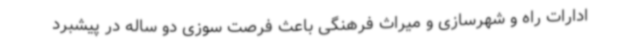
ادارات راه و شهرسازی و میراث فرهنگی باعث فرصت سوزی دو ساله در پیشبرد